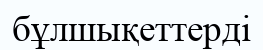
бұлшықеттерді